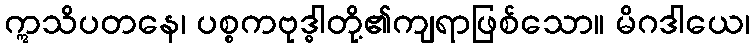
ဣသိပတနေ၊ ပစ္စကဗုဒ္ဓါတို့၏ကျရာဖြစ်သော။ မိဂဒါယေ၊